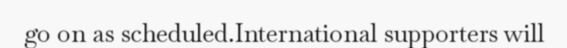
go on as scheduled.International supporters will